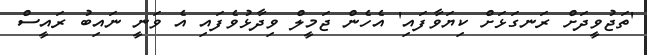
'ތަޖުވީދަށް ރަނގަޅަށް ކިޔަވާފައި' އެހެން ޖަމީލް ވިދާޅުވެފައި އެ ވަނީ ނައިބު ރައީސް